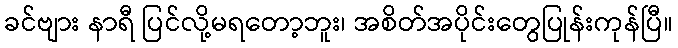
ခင်ဗျား နာရီ ပြင်လို့မရတော့ဘူး၊ အစိတ်အပိုင်းတွေပြုန်းကုန်ပြီ။